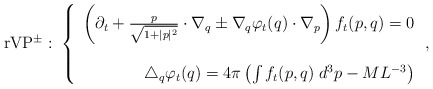
\begin{align*}\textrm{rVP}^{\pm}:\;\left\{ \begin{array}{r}\left(\partial_t + \frac{p}{\sqrt{1+\lvert p \rvert^2}} \cdot \nabla_q \pm \nabla_q\varphi_t(q) \cdot \nabla_p \right)f_t(p,q)=0\\ \\ \triangle_q\varphi_t(q) = 4\pi \left(\int f_t(p,q)\; d^3p - ML^{-3}\right) \end{array}\right., \end{align*}